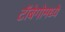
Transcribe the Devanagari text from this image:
टॉबेगोमध्ये